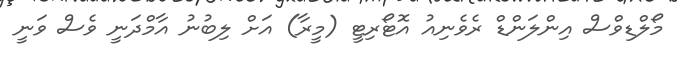
މޯލްޑިވްސް އިންލަންޑް ރެވެނިއު އޮޓޯރިޓީ (މީރާ) އަށް ލިބުނު އާމްދަނީ ވެސް ވަނީ